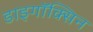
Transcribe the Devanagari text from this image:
डाइगॉक्सिन